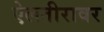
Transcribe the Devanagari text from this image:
ऐलतीरावर